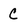
Character: C